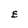
Character: E